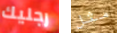
رجليك مثل